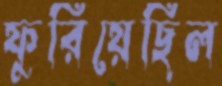
ফুরিয়েছিল